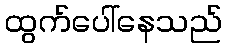
ထွက်ပေါ်နေသည်